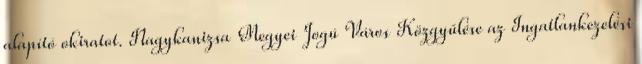
alapító okiratot. Nagykanizsa Megyei Jogú Város Közgyűlése az Ingatlankezelési